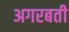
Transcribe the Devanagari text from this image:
अगरबती